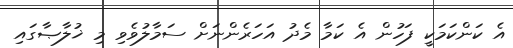
އެ ކަންކަމަކީ ފަހުން އެ ކަމާ މެދު އަހަރެންނަށް ސަމާލުވެވި މި ޚުލާޞާގައި